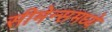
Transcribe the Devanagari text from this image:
सीमेन्समध्ये